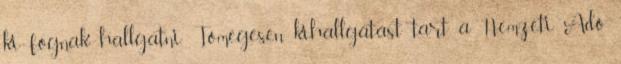
ki fognak hallgatni. Tömegesen kihallgatást tart a Nemzeti Adó